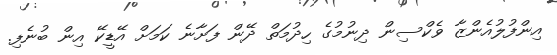
އިންފުލުއެންޒާ ވެކްސިން ދިނުމުގެ ހިދުމަތް ދޭން ފަށާނެ ކަމަށް އޭޑީކޭ އިން ބުނެފި.